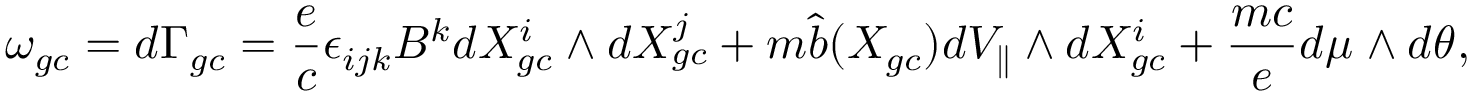
\omega _ { g c } = d \Gamma _ { g c } = \frac { e } { c } \epsilon _ { i j k } B ^ { k } d X _ { g c } ^ { i } \wedge d X _ { g c } ^ { j } + m \hat { b } ( X _ { g c } ) d V _ { \parallel } \wedge d X _ { g c } ^ { i } + \frac { m c } { e } d \mu _ { } \wedge d \theta _ { } ,